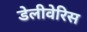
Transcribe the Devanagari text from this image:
डेलीवेरिस